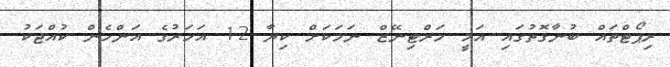
ރިޕޯޓްތައް ބުނާގޮތުގައި އަމީ މަރްޓިނޭޒް ނަމަކަށް ކިޔާ 12 އަހަރުގެ އަންހެން ކުއްޖަކު